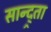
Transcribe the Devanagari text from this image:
सान्द्र्ता